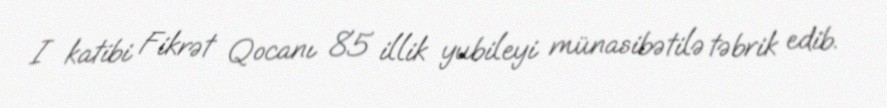
I katibi Fikrət Qocanı 85 illik yubileyi münasibətilə təbrik edib.